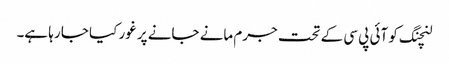
لنچنگ کو آئی پی سی کے تحت جرم مانے جانے پر غور کیا جا رہا ہے۔